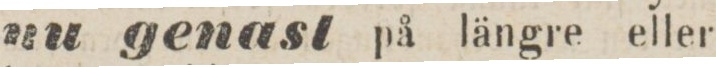
nu genast på längre eller